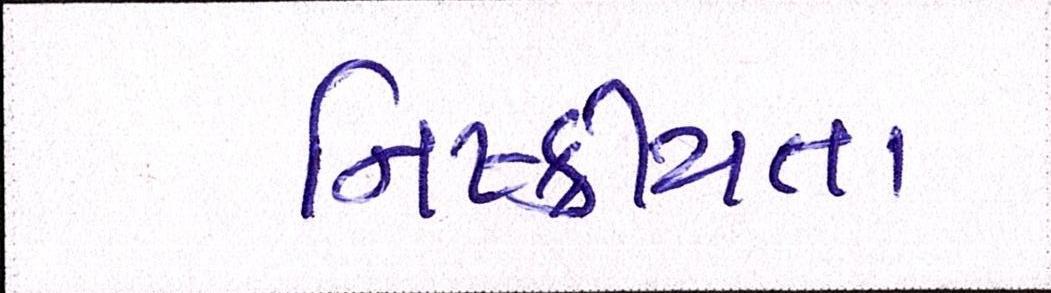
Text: નિષ્ક્રીયતા